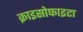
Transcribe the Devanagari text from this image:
क्राइसोफाइटा